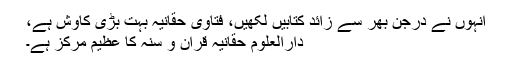
انہوں نے درجن بھر سے زائد کتابیں لکھیں، فتاویٰ حقانیہ بہت بڑی کاوش ہے،
دارالعلوم حقانیہ قرآن و سنہ کا عظیم مرکز ہے۔